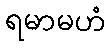
ရမာမဟံ